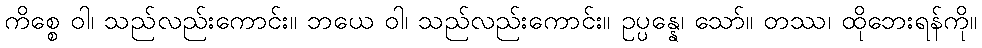
ကိစ္စေ ဝါ၊ သည်လည်းကောင်း။ ဘယေ ဝါ၊ သည်လည်းကောင်း။ ဥပ္ပန္နေ၊ သော်။ တဿ၊ ထိုဘေးရန်ကို။